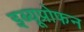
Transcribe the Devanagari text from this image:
इब्यूप्रोफन